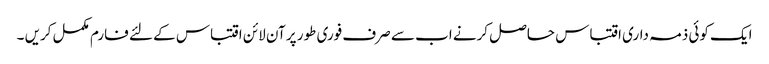
ایک کوئی ذمہ داری اقتباس حاصل کرنے اب سے صرف فوری طور پر آن لائن اقتباس کے لئے فارم مکمل کریں ۔